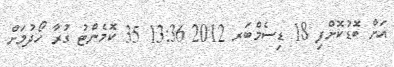
އަށް ބޮޑުކޮށްފި 18 ޑިސެމްބަރ 2012 13:36 35 ކޮމެންޓު ގުރާ ހޯދުމަށް